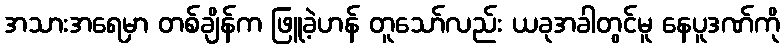
အသားအရေမှာ တစ်ချိန်က ဖြူခဲ့ဟန် တူသော်လည်း ယခုအခါတွင်မူ နေပူဒဏ်ကို